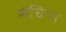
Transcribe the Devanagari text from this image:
संचिप्त